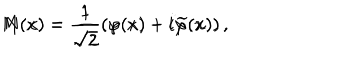
M ( x ) = \frac 1 { \sqrt { 2 } } \left( \varphi ( x ) - i \widetilde { \varphi } ( x ) \right) , \hspace { 0 . 3 i n } N ( x ) = \frac 1 { \sqrt { 2 } } \left( \varphi ( x ) + i \widetilde { \varphi } ( x ) \right) ,